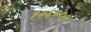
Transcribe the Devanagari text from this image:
१२६०००